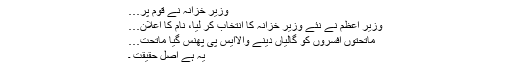
وزیر خزانہ نے قوم پر…
وزیر اعظم نے نئے وزیر خزانہ کا انتخاب کر لیا، نام کا اعلان…
ماتحتوں افسروں کو گالیاں دینے والاایس پی پھنس گیا ماتحت…
یہ ہے اصل حقیقت ۔